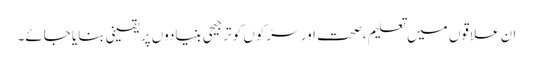
ان علاقوں میں تعلیم ،صحت اور سڑکوں کو ترجیحی بنیادوں پر یقینی بنایا جائے۔